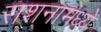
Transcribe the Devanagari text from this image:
राशनामध्ये